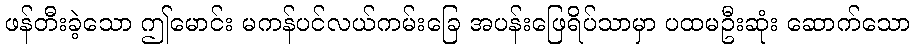
ဖန်တီးခဲ့သော ဤမောင်း မကန်ပင်လယ်ကမ်းခြေ အပန်းဖြေရိပ်သာမှာ ပထမဦးဆုံး ဆောက်သော